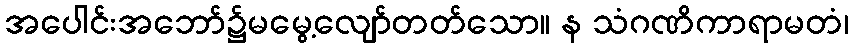
အပေါင်းအဘော်၌မမွေ့လျော်တတ်သော။ န သံဂဏိကာရာမတံ၊